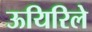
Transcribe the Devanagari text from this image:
ऊयिरिले